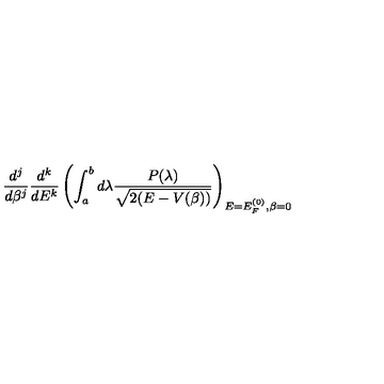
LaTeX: \frac { d ^ { j } } { d \beta ^ { j } } \frac { d ^ { k } } { d E ^ { k } } \left( \int _ { a } ^ { b } d \lambda \frac { P ( \lambda ) } { \sqrt { 2 ( E - V ( \beta ) ) } } \right) _ { E = E _ { F } ^ { ( 0 ) } , \beta = 0 }